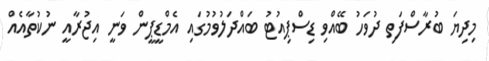
މިދިޔަ ބުރާސްފަތި ދުވަހު ބޭއްވި ޑިސްޕިއުޓު ބައްދަލުވުމުގައި އެމްޑީޕީން ވަނީ އިޖުރާއީ ނުކުތާއެއް